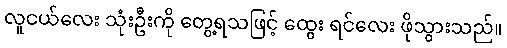
လူငယ်လေး သုံးဦးကို တွေ့ရသဖြင့် ထွေး ရင်လေး ဖိုသွားသည်။